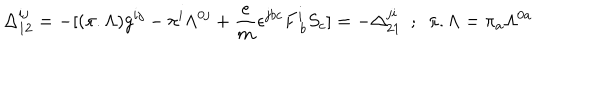
\Delta _ { 1 2 } ^ { i j } = - [ ( \pi . \Lambda ) g ^ { i j } - \pi ^ { i } \Lambda ^ { 0 j } + { \frac { e } { m } } \epsilon ^ { j b c } F _ { ~ b } ^ { i } S _ { c } ] = - \Delta _ { 2 1 } ^ { j i } ~ ~ ; ~ ~ \pi . \Lambda = \pi _ { a } \Lambda ^ { 0 a }